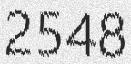
2548